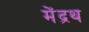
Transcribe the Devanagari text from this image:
मेंद्रथ